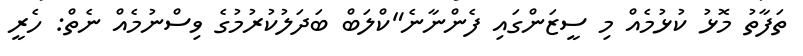
ތަފާތު މޮޅު ކުޅުމެއް މި ސީޒަންގައި ފެންނާނެ"ކްލަބް ބަދަލުކުރުމުގެ ވިސްނުމެއް ނެތް: ހެރީ